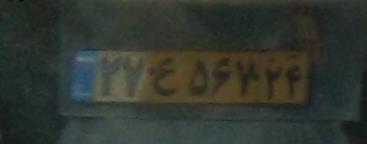
۲۷ع۵۶۷۲۴